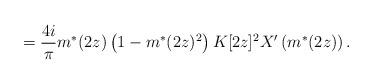
LaTeX: \begin{align*}=\frac{4i}{\pi}m^{*}(2z)\left(1-m^{*}(2z)^2\right)K[2z]^2X'\left(m^{*}(2z)\right).\end{align*}